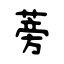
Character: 蒡